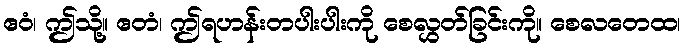
ဧဝံ၊ ဤသို့။ ဧတံ၊ ဤရဟန်းတပါးပါးကို စေလွှတ်ခြင်းကို။ စေလတေထ၊